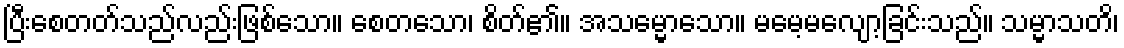
ပြီးစေတတ်သည်လည်းဖြစ်သော။ စေတသော၊ စိတ်၏။ အသမ္မောသော။ မမေ့မလျော့ခြင်းသည်။ သမ္မာသတိ၊